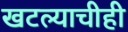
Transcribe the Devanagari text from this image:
खटल्याचीही